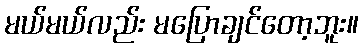
မယ်မယ်လည်း မပြောချင်တော့ဘူး။